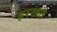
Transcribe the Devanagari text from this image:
हरखत